Leaving Certificate Examination (including Day School Certificate (Higher) General paper), 1931
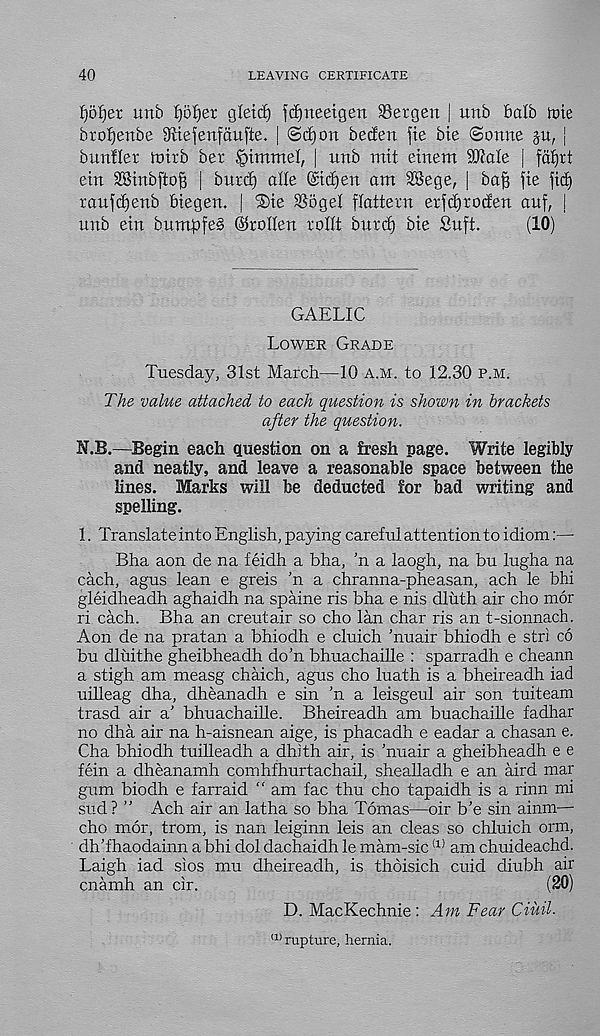
40
LEAVING CERTIFICATE
I)5f)er unb fybtjer gleitf) ft^neeigen Bergen | unb balb toie
brofjenbe ^iefenfaufte. | @d)on betfen fie bte ©onne ju, |
bunfler toirb ber ^immel, | unb mit etnem SKale | faljrt
ein SSmbftoff i burtf) die @tc£)en am 28ege, | ba^ fie fid)
raufdjenb biegen. | ®ie Sogel flattecn erf^roden auf, I
unb ein bumpfeS ©rotten rottt buret) bie Suft.
(10)
GAELIC
Lower Grade
Tuesday, 31st March—10 a.m. to 12.30 p.m.
The value attached to each question is shown in brackets
after the question.
N.B.—Begin each question on a fresh page. Write legibly
and neatly, and leave a reasonable space between the
lines. Marks will be deducted for bad writing and
spelling.
1. Translate into English, paying careful attention to idiom:—
Bha aon de na feidh a bha, ’n a laogh, na bu lugha na
each, agus lean e greis ’n a chranna-pheasan, ach le bhi
gleidheadh aghaidh na spaine ris bha e nis dluth air cho mor
ri each. Bha an creutair so cho lan char ris an t-sionnach.
Aon de na pratan a bhiodh e cluich ’nuair bhiodh e stri co
bu dluithe gheibheadh do’n bhuachaille : sparradh e cheann
a stigh am measg chaich, agus cho luath is a bheireadh iad
uilleag dha, dheanadh e sin ’n a leisgeul air son tuiteam
trasd air a’ bhuachaille. Bheireadh am buachaille fadhar
no dha air na h-aisnean aige, is phacadh e eadar a chasan e.
Cha bhiodh tuilieadh a dhith air, is ’nuair a gheibheadh e e
fein a dheanamh comhfhurtachail, shealladh e an aird mar
gum biodh e farraid “ am fac thu cho tapaidh is a rinn mi
sud? ” Ach air an latha so bha Tomas—oir b’e sin ainm—
cho mor, trom, is nan leiginn leis an cleas so chluich orm,
dh’fhaodainn a bhi dol dachaidh le mam-sic (1) am chuideachd.
Laigh iad sios mu dheireadh, is thdisich cuid diubh air
cnamh an cir.
(20)
D. MacKechnie : Am Fear Ciuil.
(1) rupture, hernia.